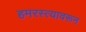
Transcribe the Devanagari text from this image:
हमरस्त्यावरून